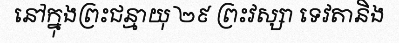
នៅក្នុងព្រះជន្មាយុ ២៩ ព្រះវស្សា ទេវតានិង